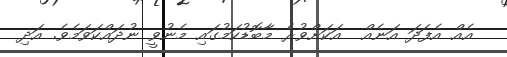
އެއް އެފަދަ އަނެއް  އަކަށްވުރެ މާބޮޑުކަމުގައި މެނުވީ ނުދައްކަވަމެވެ. އަދި